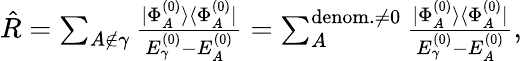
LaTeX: \begin{array}{r}{\hat{R}=\sum_{A\notin\gamma}\frac{|\Phi_{A}^{(0)}\rangle\langle\Phi_{A}^{(0)}|}{E_{\gamma}^{(0)}-E_{A}^{(0)}}=\sum_{A}^{\mathrm{denom.}\neq 0}\frac{|\Phi_{A}^{(0)}\rangle\langle\Phi_{A}^{(0)}|}{E_{\gamma}^{(0)}-E_{A}^{(0)}},}\end{array}